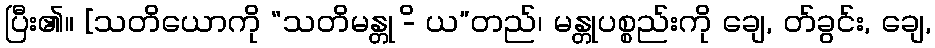
ပြီး၏။ [သတိယောကို “သတိမန္တု -ိ ယ”တည်၊ မန္တုပစ္စည်းကို ချေ, တ်ခွင်း, ချေ,